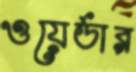
ওয়ের্ডার